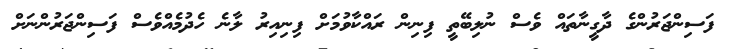
ފަސިންޖަރުންގެ ދާގީނާތައް ވެސް ނުލިބޭތީ ފިނިން ރައްކާވުމަށް ފިނިއިރު ލާނެ ހެދުމެއްވެސް ފަސިންޖަރުންނަށް